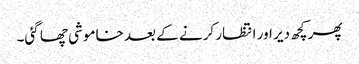
پھر کچھ دیر اور انتظار کرنے کے بعد خاموشی چھا گئی۔